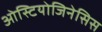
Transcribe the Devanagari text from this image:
ओस्टियोजिनेसिस